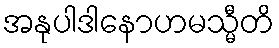
အနုပါဒါနောဟမသ္မီတိ